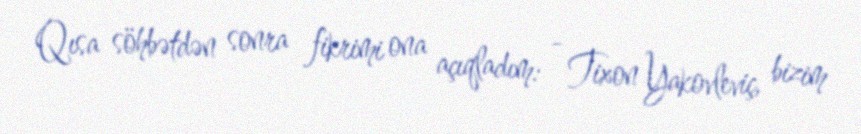
Qısa söhbətdən sonra fikrimi ona açıqladım: - Tixon Yakovleviç, bizim